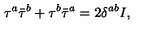
\tau ^ { a } \bar { \tau } ^ { b } + \tau ^ { b } \bar { \tau } ^ { a } = 2 \delta ^ { a b } I ,